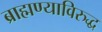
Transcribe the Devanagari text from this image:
ब्राह्मण्याविरुद्ध